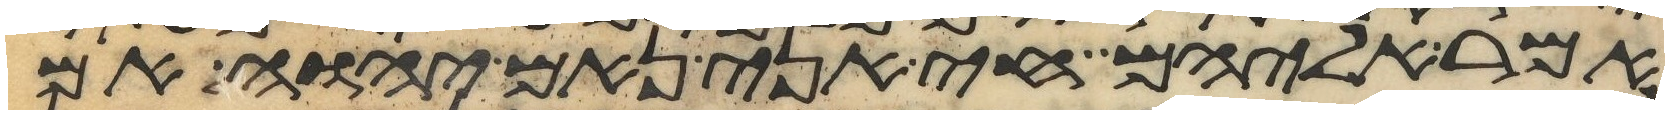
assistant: אמר אליהם חי אני נאם יהוה אם